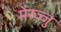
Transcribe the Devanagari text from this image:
मेरुज्जु